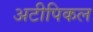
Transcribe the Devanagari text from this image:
अटीपिकल